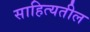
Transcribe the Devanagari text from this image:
साहित्यतील